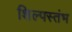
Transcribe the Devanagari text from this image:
शिल्पस्तंभ